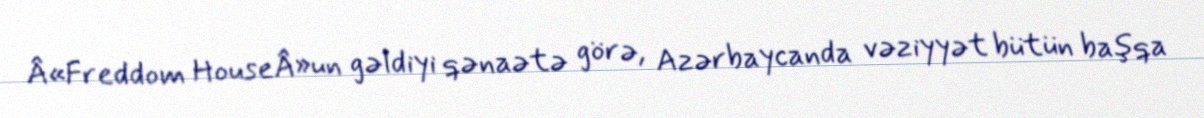
Â«Freddom HouseÂ»un gəldiyi qənaətə görə, Azərbaycanda vəziyyət bütün başqa